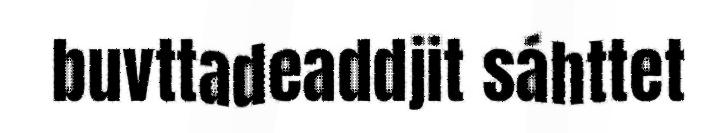
buvttadeaddjit sáhttet